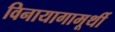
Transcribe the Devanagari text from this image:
विनायागामूर्थी